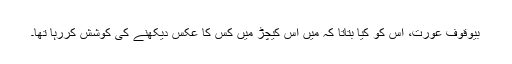
بیوقوف عورت، اس کو کیا بتاتا کہ میں اس کیچڑ میں کس کا عکس دیکھنے کی کوشش کررہا تھا۔